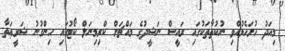
މިއަދު ހުށަހެޅުއްވި ނުކުތާތަކުގައި ރައީސް ނަޝީދުގެ މައްޗަށް ކްރިމިނަލް ކޯޓުގައި ހިންގުނު ޝަރީޢަތާ